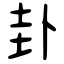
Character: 卦